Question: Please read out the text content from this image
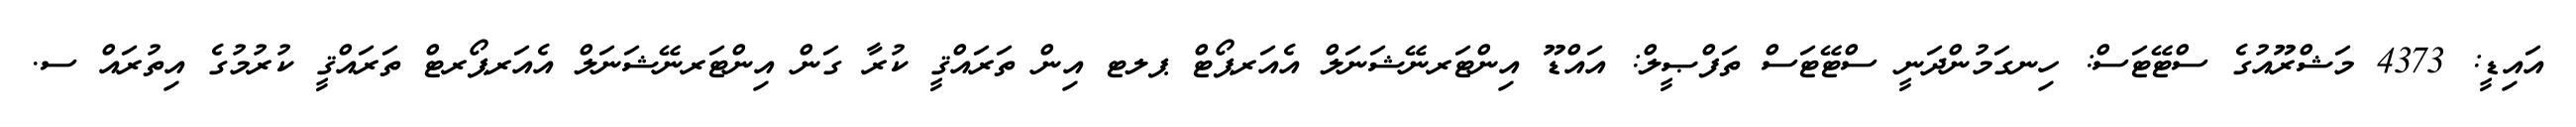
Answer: އައިޑީ: 4373 މަޝްރޫއުގެ ސްޓޭޓަސް: ހިނގަމުންދަނީ ސްޓޭޓަސް ތަފްޞީލް: އައްޑޫ އިންޓަރނޭޝަނަލް އެއަރޕޯޓް ޕލޓ އިން ތަރައްޤީ ކުރާ ގަން އިންޓަރނޭޝަނަލް އެއަރޕޯރޓް ތަރައްޤީ ކުރުމުގެ އިތުރައް ސ.